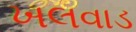
ખલવાડ